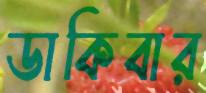
ডাকিবার